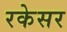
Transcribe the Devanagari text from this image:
रकेसर